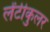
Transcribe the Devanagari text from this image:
लेंटीकुलर